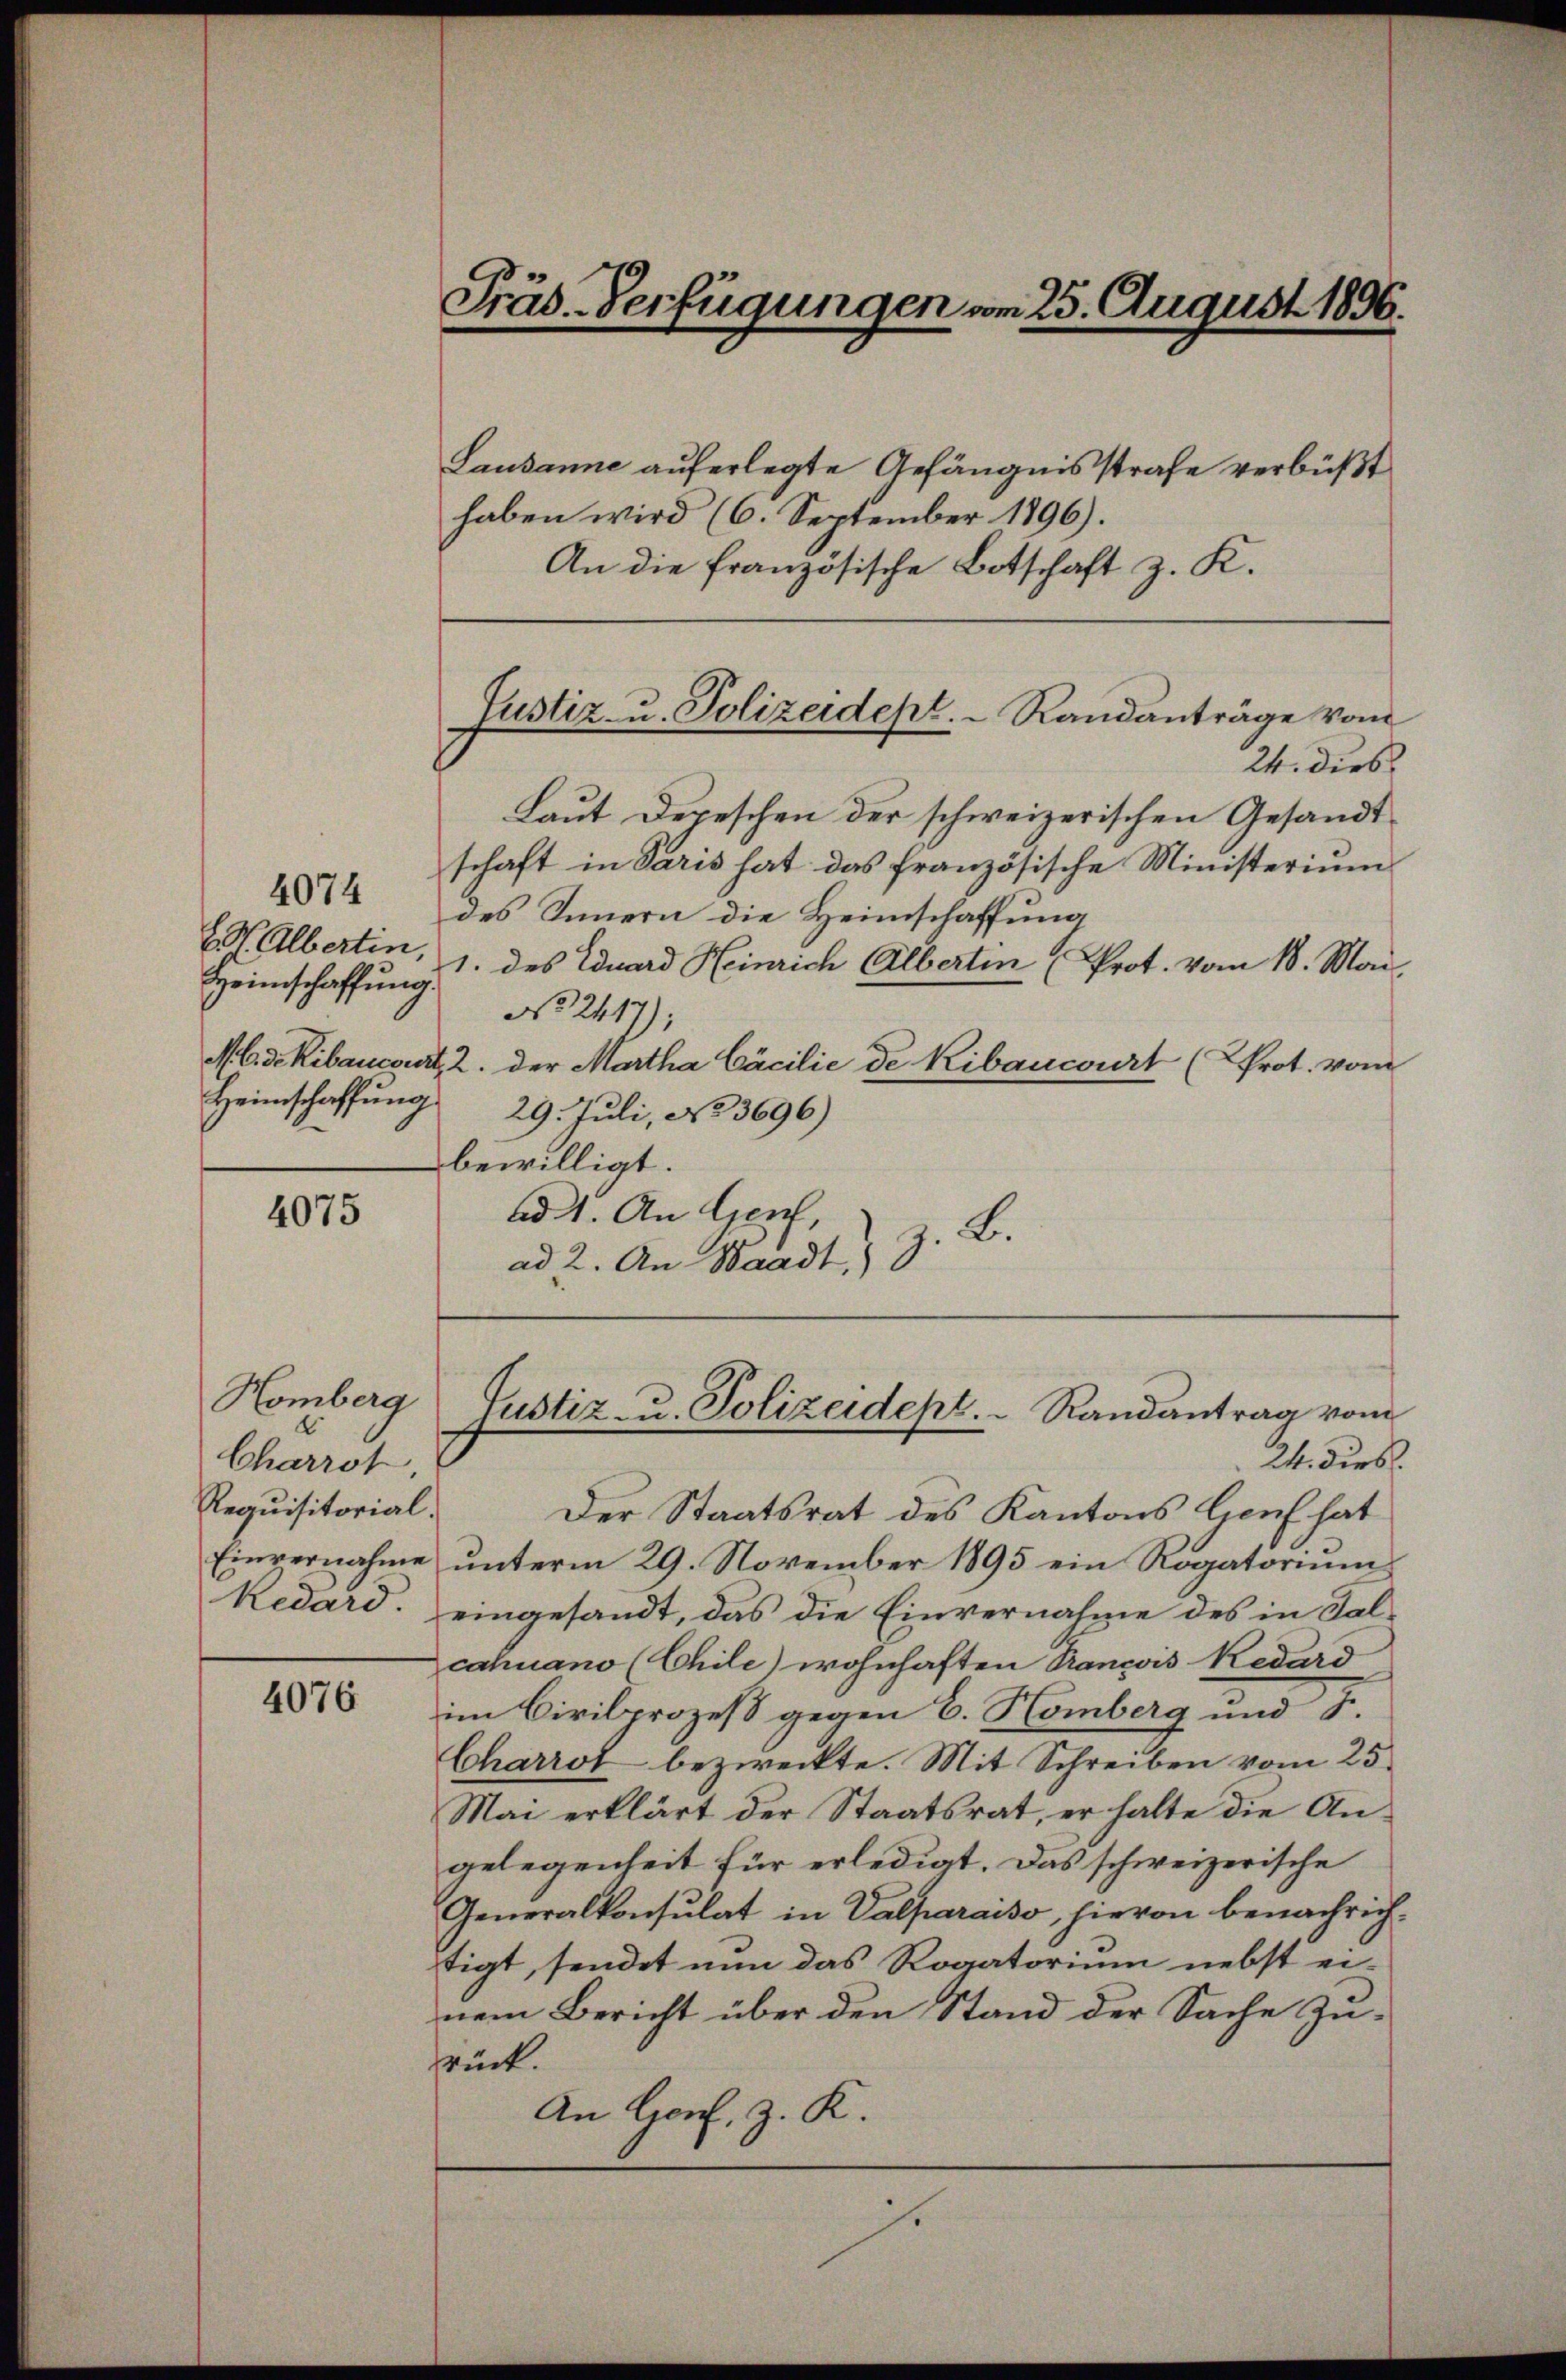
E.H. Albertin,
Heimschaffung

4074

4075

Homberg
Charrot,
Requisitorial.
Einvernahme

4076

Präs. Verfügungen vom 25. August 1896.

Justiz- u. Polizeidept. Randanträge vom

Lausanne auferlegte Gefängnisstrafe verbüßt
haben wird (6. September 1896).
An die französische Botschaft z. K.
24. dies
Laut Depeschen der schweizerischen Gesandt
schaft in Paris hat das französische Ministerium
des Innern die Heimschaffung
Heimschaffŭng 1. des Eduard Heinrich Albertin (Prot. vom 18. Mai,
No. 2417);
Mbdekibancourt, 2. der Martha Cäcilie de Kibancourt (Prot. vom
29. Juli, No 3696)
bewilligt.
ad 11. An Genf,
z. B.
ad 2. An Waadt,
Justiz- u. Polizeidept. Randantrag vom
24. dies
Der Staatsrat des Kantons lieut hat
unterm 29. November 1895 ein Rogatorium
kedard. eingesandt, das die Einvernahme des in Salcahnano (Chile) wohnhaften Prançois Redard
im Civilprozeß gegen 6. Homberg und 5.
Charrot bezweckte. Mit Schreiben vom 25.
Mai erklärt der Staatsrat, er halte die Angelegenheit für erledigt. Das schweizerische
Generalkonsulat in Valparaiso, hievon benachrichtigt, sendet nun das Rogatorium nebst ei-
nem Bericht über den Stand der Sache Zusrück.
An Genf, z. K.
st